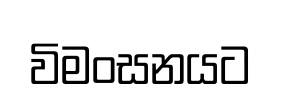
විමංසනයට